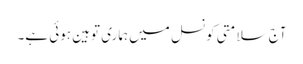
آج سلامتی کونسل میں ہماری توہین ہوئی ہے۔